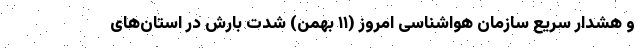
و هشدار سریع سازمان هواشناسی امروز (۱۱ بهمن) شدت بارش در استان‌های